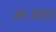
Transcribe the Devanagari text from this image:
अःकार